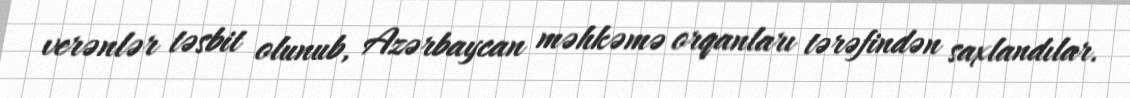
verənlər təsbit olunub, Azərbaycan məhkəmə orqanları tərəfindən saxlandılar.